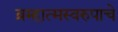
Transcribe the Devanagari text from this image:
ब्रम्हात्मस्वरुपाचे